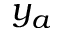
y _ { a }